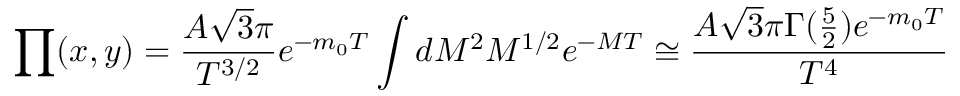
\prod ( x , y ) = \frac { A \sqrt { 3 } \pi } { T ^ { 3 / 2 } } e ^ { - m _ { 0 } T } \int d M ^ { 2 } M ^ { 1 / 2 } e ^ { - M T } \cong \frac { A \sqrt { 3 } \pi \Gamma ( \frac { 5 } { 2 } ) e ^ { - m _ { 0 } T } } { T ^ { 4 } }